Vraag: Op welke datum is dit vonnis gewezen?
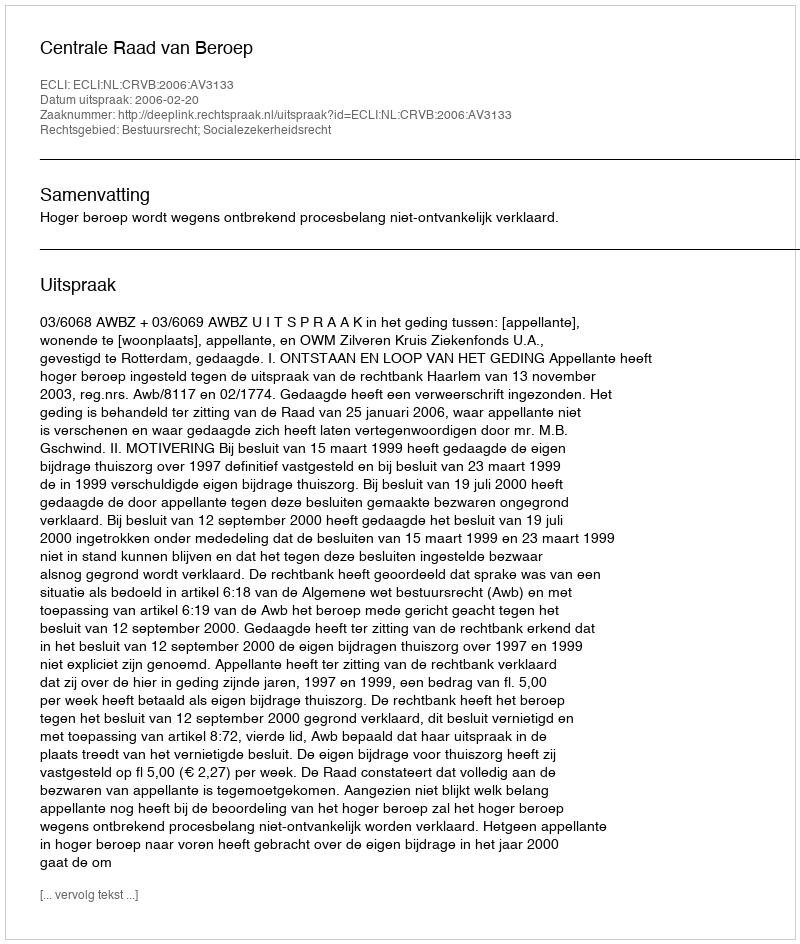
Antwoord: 2006-02-20